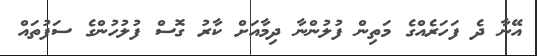
އޭނާ ދެ ފަހަރެއްގެ މަތިން ފުލުންނާ ދިމާއަށް ކާރު ގޮސް ފުލުހުންގެ ސަފުތައް